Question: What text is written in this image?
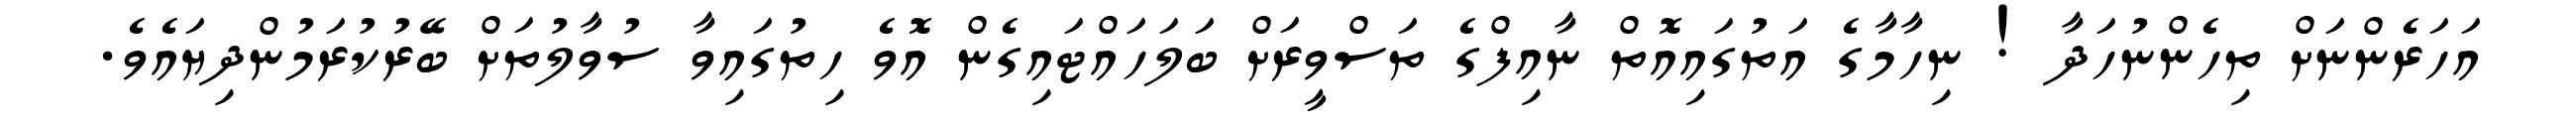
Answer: އަހަރެންނަށް ތިހެންނުހަދާ ! ނިހާމާގެ އަތުގައިއޮތް ނާއިފްގެ ތަސްވީރަށް ބަލަހައްޓައިގެން އޮވެ ހިތުގައިވާ ސުވާލުތަށް ބޭރުކުރަމުންދިޔައެވެ.